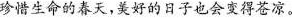
珍惜生命的春天，美好的日子也会变得苍凉。